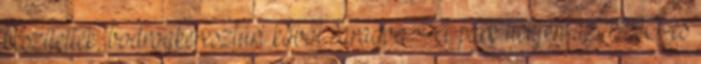
készítették, bodrogkeresztúri kőből faragva. A park helyén az 1990-es